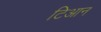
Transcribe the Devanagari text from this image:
टिआन